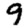
Digit: 9